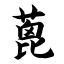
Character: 蓖